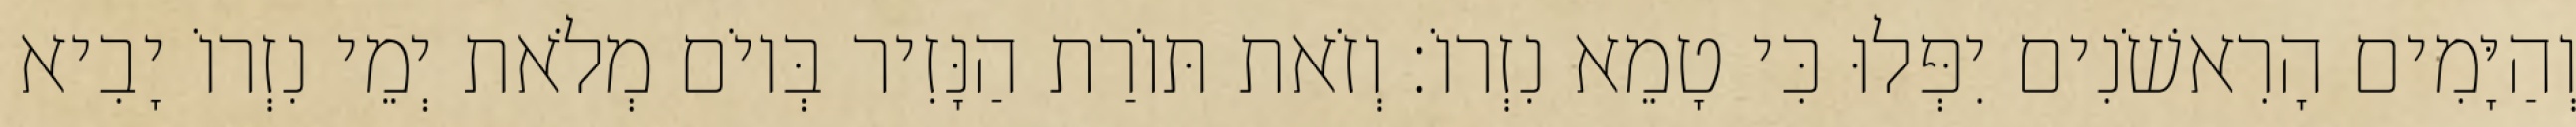
וְהַיָּמִים הָרִאשֹׁנִים יִפְּלוּ כִּי טָמֵא נִזְרוֹ׃ וְזֹאת תּוֹרַת הַנָּזִיר בְּיוֹם מְלֹאת יְמֵי נִזְרוֹ יָבִיא